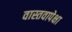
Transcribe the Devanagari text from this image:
वास्तवापेक्षा